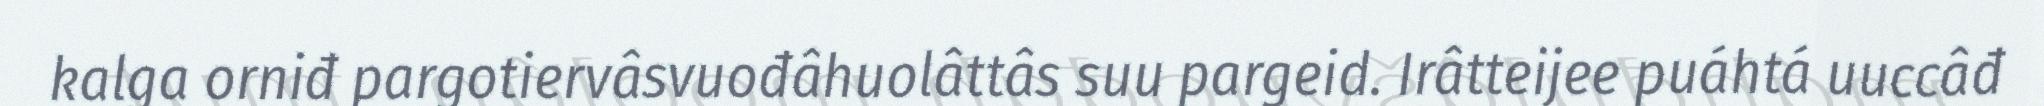
kalga orniđ pargotiervâsvuođâhuolâttâs suu pargeid. Irâtteijee puáhtá uuccâđ